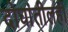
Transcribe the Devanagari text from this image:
दोघांतीलही